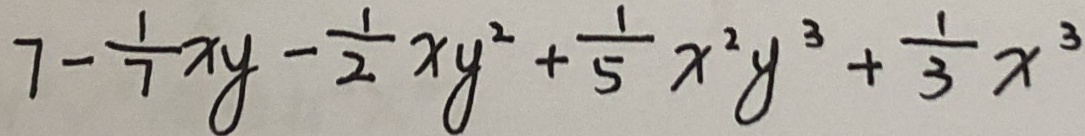
7 - \frac { 1 } { 7 } x y - \frac { 1 } { 2 } x y ^ { 2 } + \frac { 1 } { 5 } x ^ { 2 } y ^ { 3 } + \frac { 1 } { 3 } x ^ { 3 }